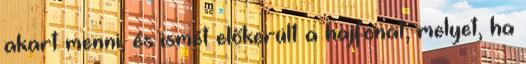
akart menni, és ismét előkerült a hajfonat, melyet, ha